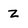
Character: Z